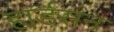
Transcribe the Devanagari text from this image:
हार्डसन